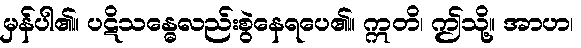
မှန်ပါ၏။ ပဋိသန္ဓေလည်းစွဲနေရပေ၏။ ဣတိ၊ ဤသို့။ အာဟ၊